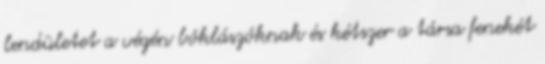
lendületet a végén bóklászóknak és kétszer a társa fenekét